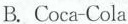
B. Coca-Coia